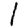
Digit: 1